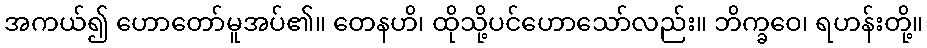
အကယ်၍ ဟောတော်မူအပ်၏။ တေနဟိ၊ ထိုသို့ပင်ဟောသော်လည်း။ ဘိက္ခဝေ၊ ရဟန်းတို့။